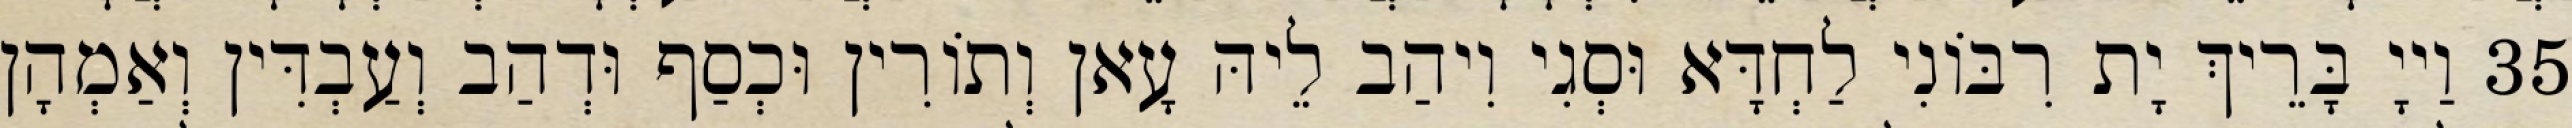
35 וַייָ בָּרֵיךְ יָת רִבּוֹנִי לַחְדָּא וּסְגִי וִיהַב לֵיהּ עָאן וְתוֹרִין וּכְסַף וּדְהַב וְעַבְדִּין וְאַמְהָן